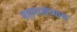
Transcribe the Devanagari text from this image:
महाराजांच्याच